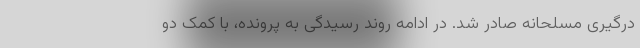
درگیری مسلحانه صادر شد. در ادامه روند رسیدگی به پرونده، با کمک دو